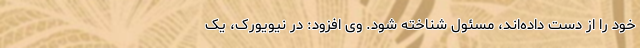
خود را از دست داده‌اند، مسئول شناخته شود. وی افزود: در نیویورک، یک